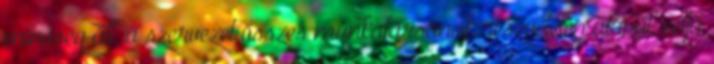
minőség áll, a szervezet összes munkatársának részvételén alapul, célja